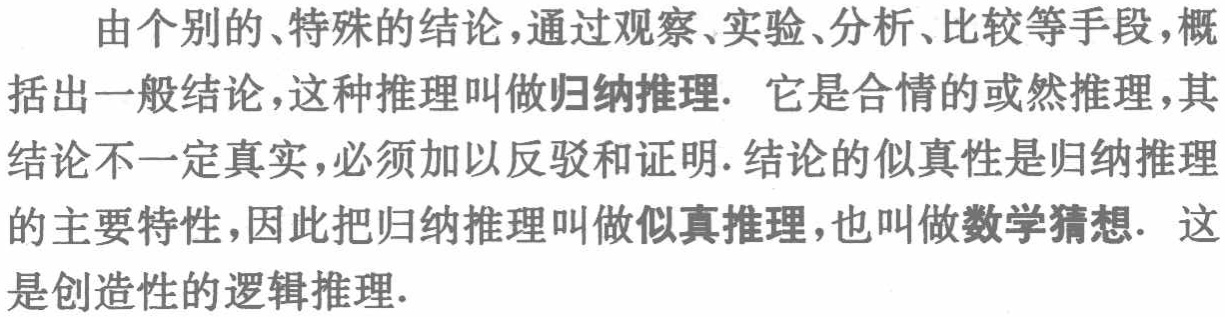
由个别的、特殊的结论，通过观察、实验、分析、比较等手段，概括出一般结论，这种推理叫做归纳推理. 它是合情的或然推理，其结论不一定真实，必须加以反驳和证明. 结论的似真性是归纳推理的主要特性，因此把归纳推理叫做似真推理，也叫做数学猜想. 这是创造性的逻辑推理.